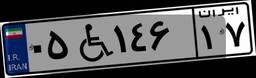
۳۱W۸۷۶۸۸